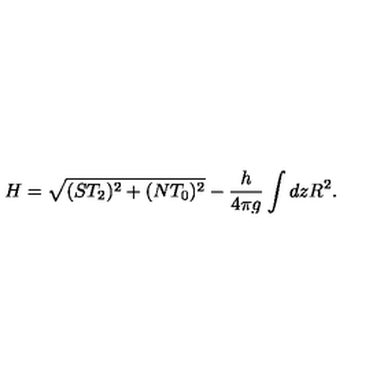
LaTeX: H = \sqrt { ( S T _ { 2 } ) ^ { 2 } + ( N T _ { 0 } ) ^ { 2 } } - \frac { h } { 4 \pi g } \int d z R ^ { 2 } .